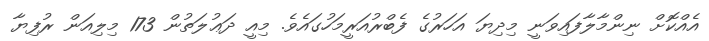
އެއްކޮށް ނިންމާލާފައިވަނީ މިދިޔަ އަހަރުގެ ފެބްރުއަރީމަހުގައެވެ. މިއީ ދަޢުލަތުން 173 މިލިއަން ރުފިޔާ